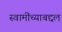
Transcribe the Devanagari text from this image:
स्वामींच्याबद्दल